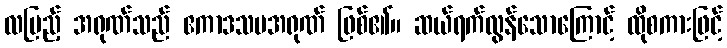
လပြည့် အရုဏ်သည် ဧကာဒသမအရုဏ် ဖြစ်၏။ ဆယ်ရက်လွန်သောကြောင့် ထိုစကားဖြင့်